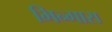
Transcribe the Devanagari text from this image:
भिन्गारा